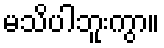
မသိပါဘူးကွာ။